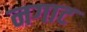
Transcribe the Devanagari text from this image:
नगाट